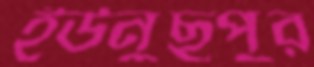
ইউনুছপুর